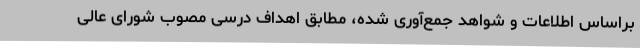
براساس اطلاعات و شواهد جمع‌آوری شده، مطابق اهداف درسی مصوب شورای عالی